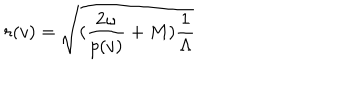
r ( v ) = \sqrt { ( \frac { 2 \omega } { p ( v ) } + M ) \frac { 1 } { \Lambda } }